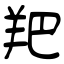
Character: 羓